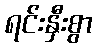
ရင်းနှီးစွာ